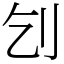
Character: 刉